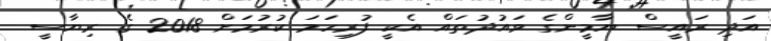
އަދި ރައީސް ޔާމީންގެ ވައުދުތައް އެކީ ފުރިހަމަ ކުރުމަށް 2018 ގެ ރިޔާސީ